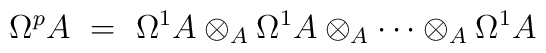
\Omega^p A\  =\ \Omega^1 A \otimes_A \Omega^1 A\otimes_A \cdots \otimes_A \Omega^1 A